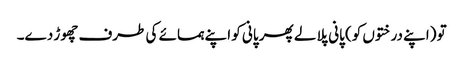
تو (اپنے درختوں کو) پانی پلا لے پھر پانی کو اپنے ہمسائے کی طرف چھوڑ دے۔